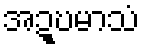
အဍ္ဎမာသံ